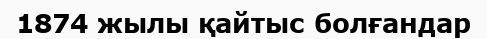
1874 жылы қайтыс болғандар